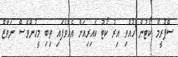
ސްޕްރީމް ކޯޓުން ހުއްވި އިރު ކޯޓު ކައިރިއަށް އެއްވެފައި ތިބި މީހުންވެސް ނަވާޒް